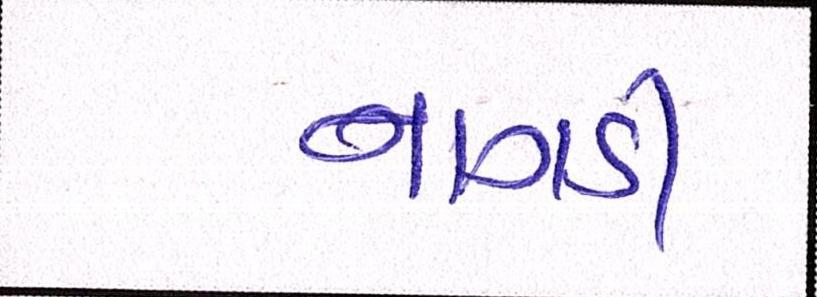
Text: નાગડી